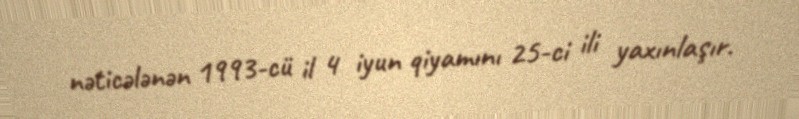
nəticələnən 1993-cü il 4 iyun qiyamını 25-ci ili yaxınlaşır.